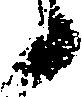
候